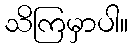
သိကြမှာပါ။